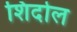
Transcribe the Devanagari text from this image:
शिदोल